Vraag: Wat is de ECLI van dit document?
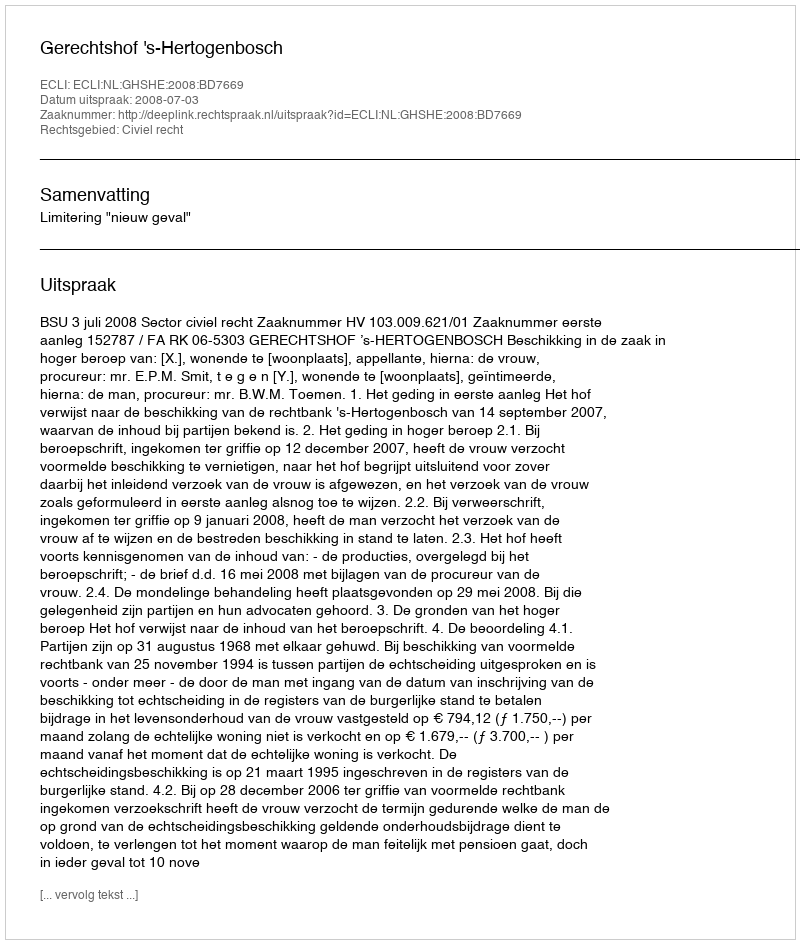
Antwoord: ECLI:NL:GHSHE:2008:BD7669